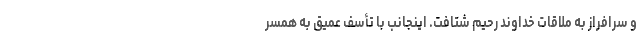
و سرافراز به ملاقات خداوند رحیم شتافت. اینجانب با تأسف عمیق به همسر